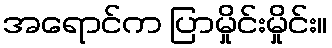
အရောင်က ပြာမှိုင်းမှိုင်း။